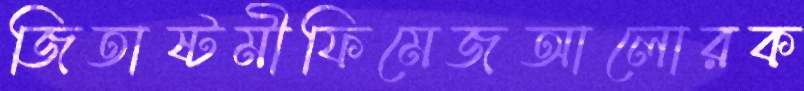
জিতাষ্টমীফিমেজআলোরক